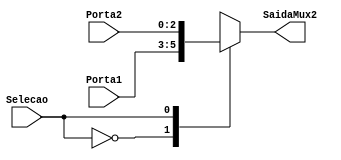
module Mux2Para1_3Bits (Porta1, Porta2, Selecao, SaidaMux2);
    input wire [2:0] Porta1, Porta2; 
    input wire Selecao;
    output reg [2:0] SaidaMux2;
    
    always @(*) begin
        case (Selecao)
            1'b0: SaidaMux2 = Porta1;
            1'b1: SaidaMux2 = Porta2;
        endcase
    end
endmodule